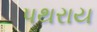
પથરાય